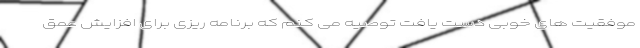
موفقیت های خوبی دست یافت توصیه می کنم که برنامه ریزی برای افزایش عمق